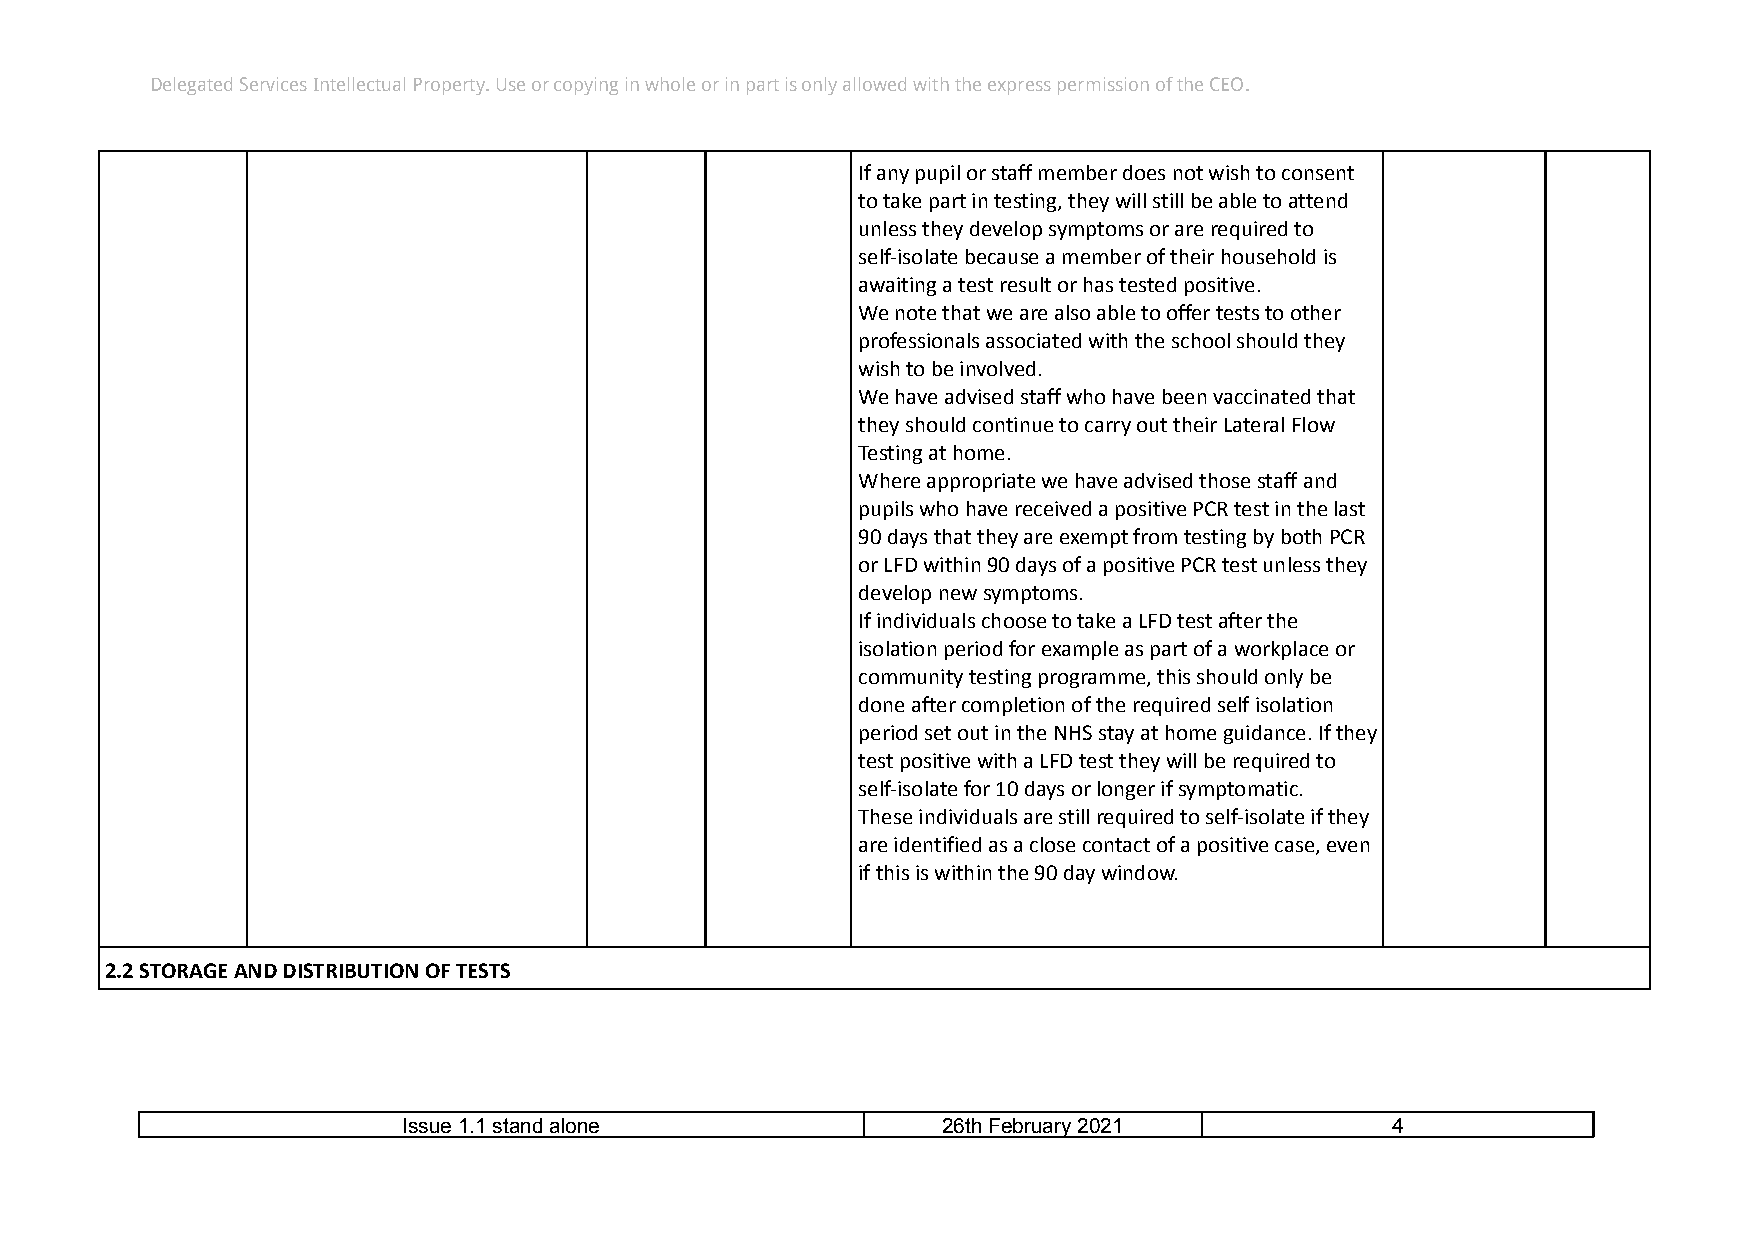
Delegated Services Intellectual Property. Use or copying in whole or in part is only allowed with the express permission of the CEO.
 If any pupil or staff member does not wish to consent
 to take part in testing, they will still be able to attend
 unless they develop symptoms or are required to
 self-isolate because a member of their household is
 awaiting a test result or has tested positive.
 We note that we are also able to offer tests to other
 professionals associated with the school should they
 wish to be involved.
 We have advised staff who have been vaccinated that
 they should continue to carry out their Lateral Flow
 Testing at home.
 Where appropriate we have advised those staff and
 pupils who have received a positive PCR test in the last
 90 days that they are exempt from testing by both PCR
 or LFD within 90 days of a positive PCR test unless they
 develop new symptoms.
 If individuals choose to take a LFD test after the
 isolation period for example as part of a workplace or
 community testing programme, this should only be
 done after completion of the required self isolation
 period set out in the NHS stay at home guidance. If they
 test positive with a LFD test they will be required to
 self-isolate for 10 days or longer if symptomatic.
 These individuals are still required to self-isolate if they
 are identified as a close contact of a positive case, even
 if this is within the 90 day window.
 2.2 STORAGE AND DISTRIBUTION OF TESTS
 Issue 1.1 stand alone              26th February 2021            4